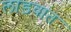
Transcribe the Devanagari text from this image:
लाडवांत